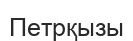
Петрқызы